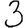
Digit: 3